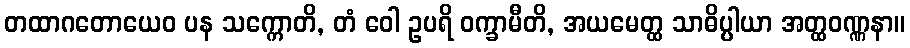
တထာဂတောယေဝ ပန သက္ကောတိ, တံ ဝေါ ဥပရိ ဝက္ခာမီတိ, အယမေတ္ထ သာဓိပ္ပါယာ အတ္ထဝဏ္ဏနာ။